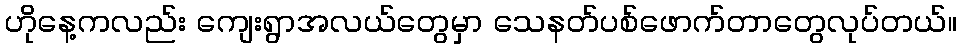
ဟိုနေ့ကလည်း ကျေးရွာအလယ်တွေမှာ သေနတ်ပစ်ဖောက်တာတွေလုပ်တယ်။